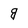
Character: g